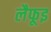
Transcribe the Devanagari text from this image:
लैफूइ